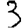
Digit: 3